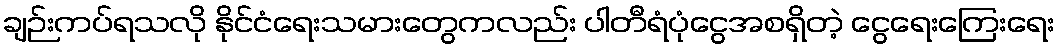
ချဉ်းကပ်ရသလို နိုင်ငံရေးသမားတွေကလည်း ပါတီရံပုံငွေအစရှိတဲ့ ငွေရေးကြေးရေး